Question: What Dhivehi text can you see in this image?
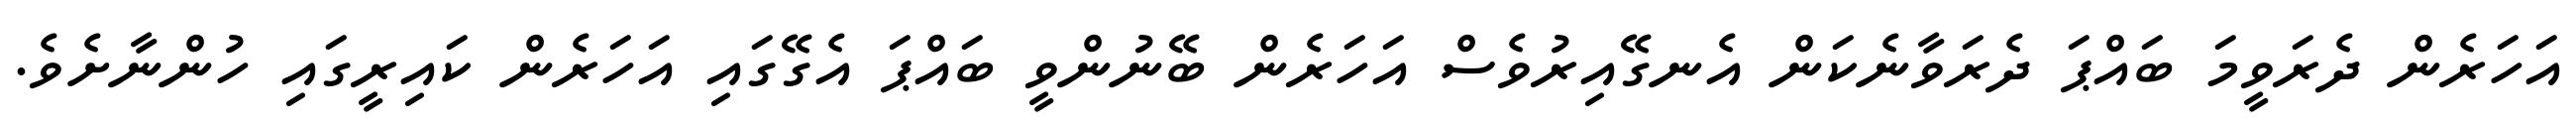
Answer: އަހަރެން ދެރަވީމަ ބައްޕަ ދެރަވާނެކަން އެނގޭއިރުވެސް އަހަރެން ބޭނުންވީ ބައްޕަ އެގޭގައި އަހަރެން ކައިރީގައި ހުންނާށެވެ.